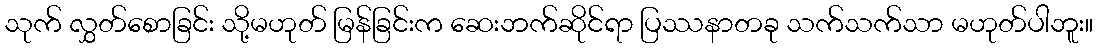
သုက် လွှတ်စောခြင်း သို့မဟုတ် မြန်ခြင်းက ဆေးဘက်ဆိုင်ရာ ပြဿနာတခု သက်သက်သာ မဟုတ်ပါဘူး။